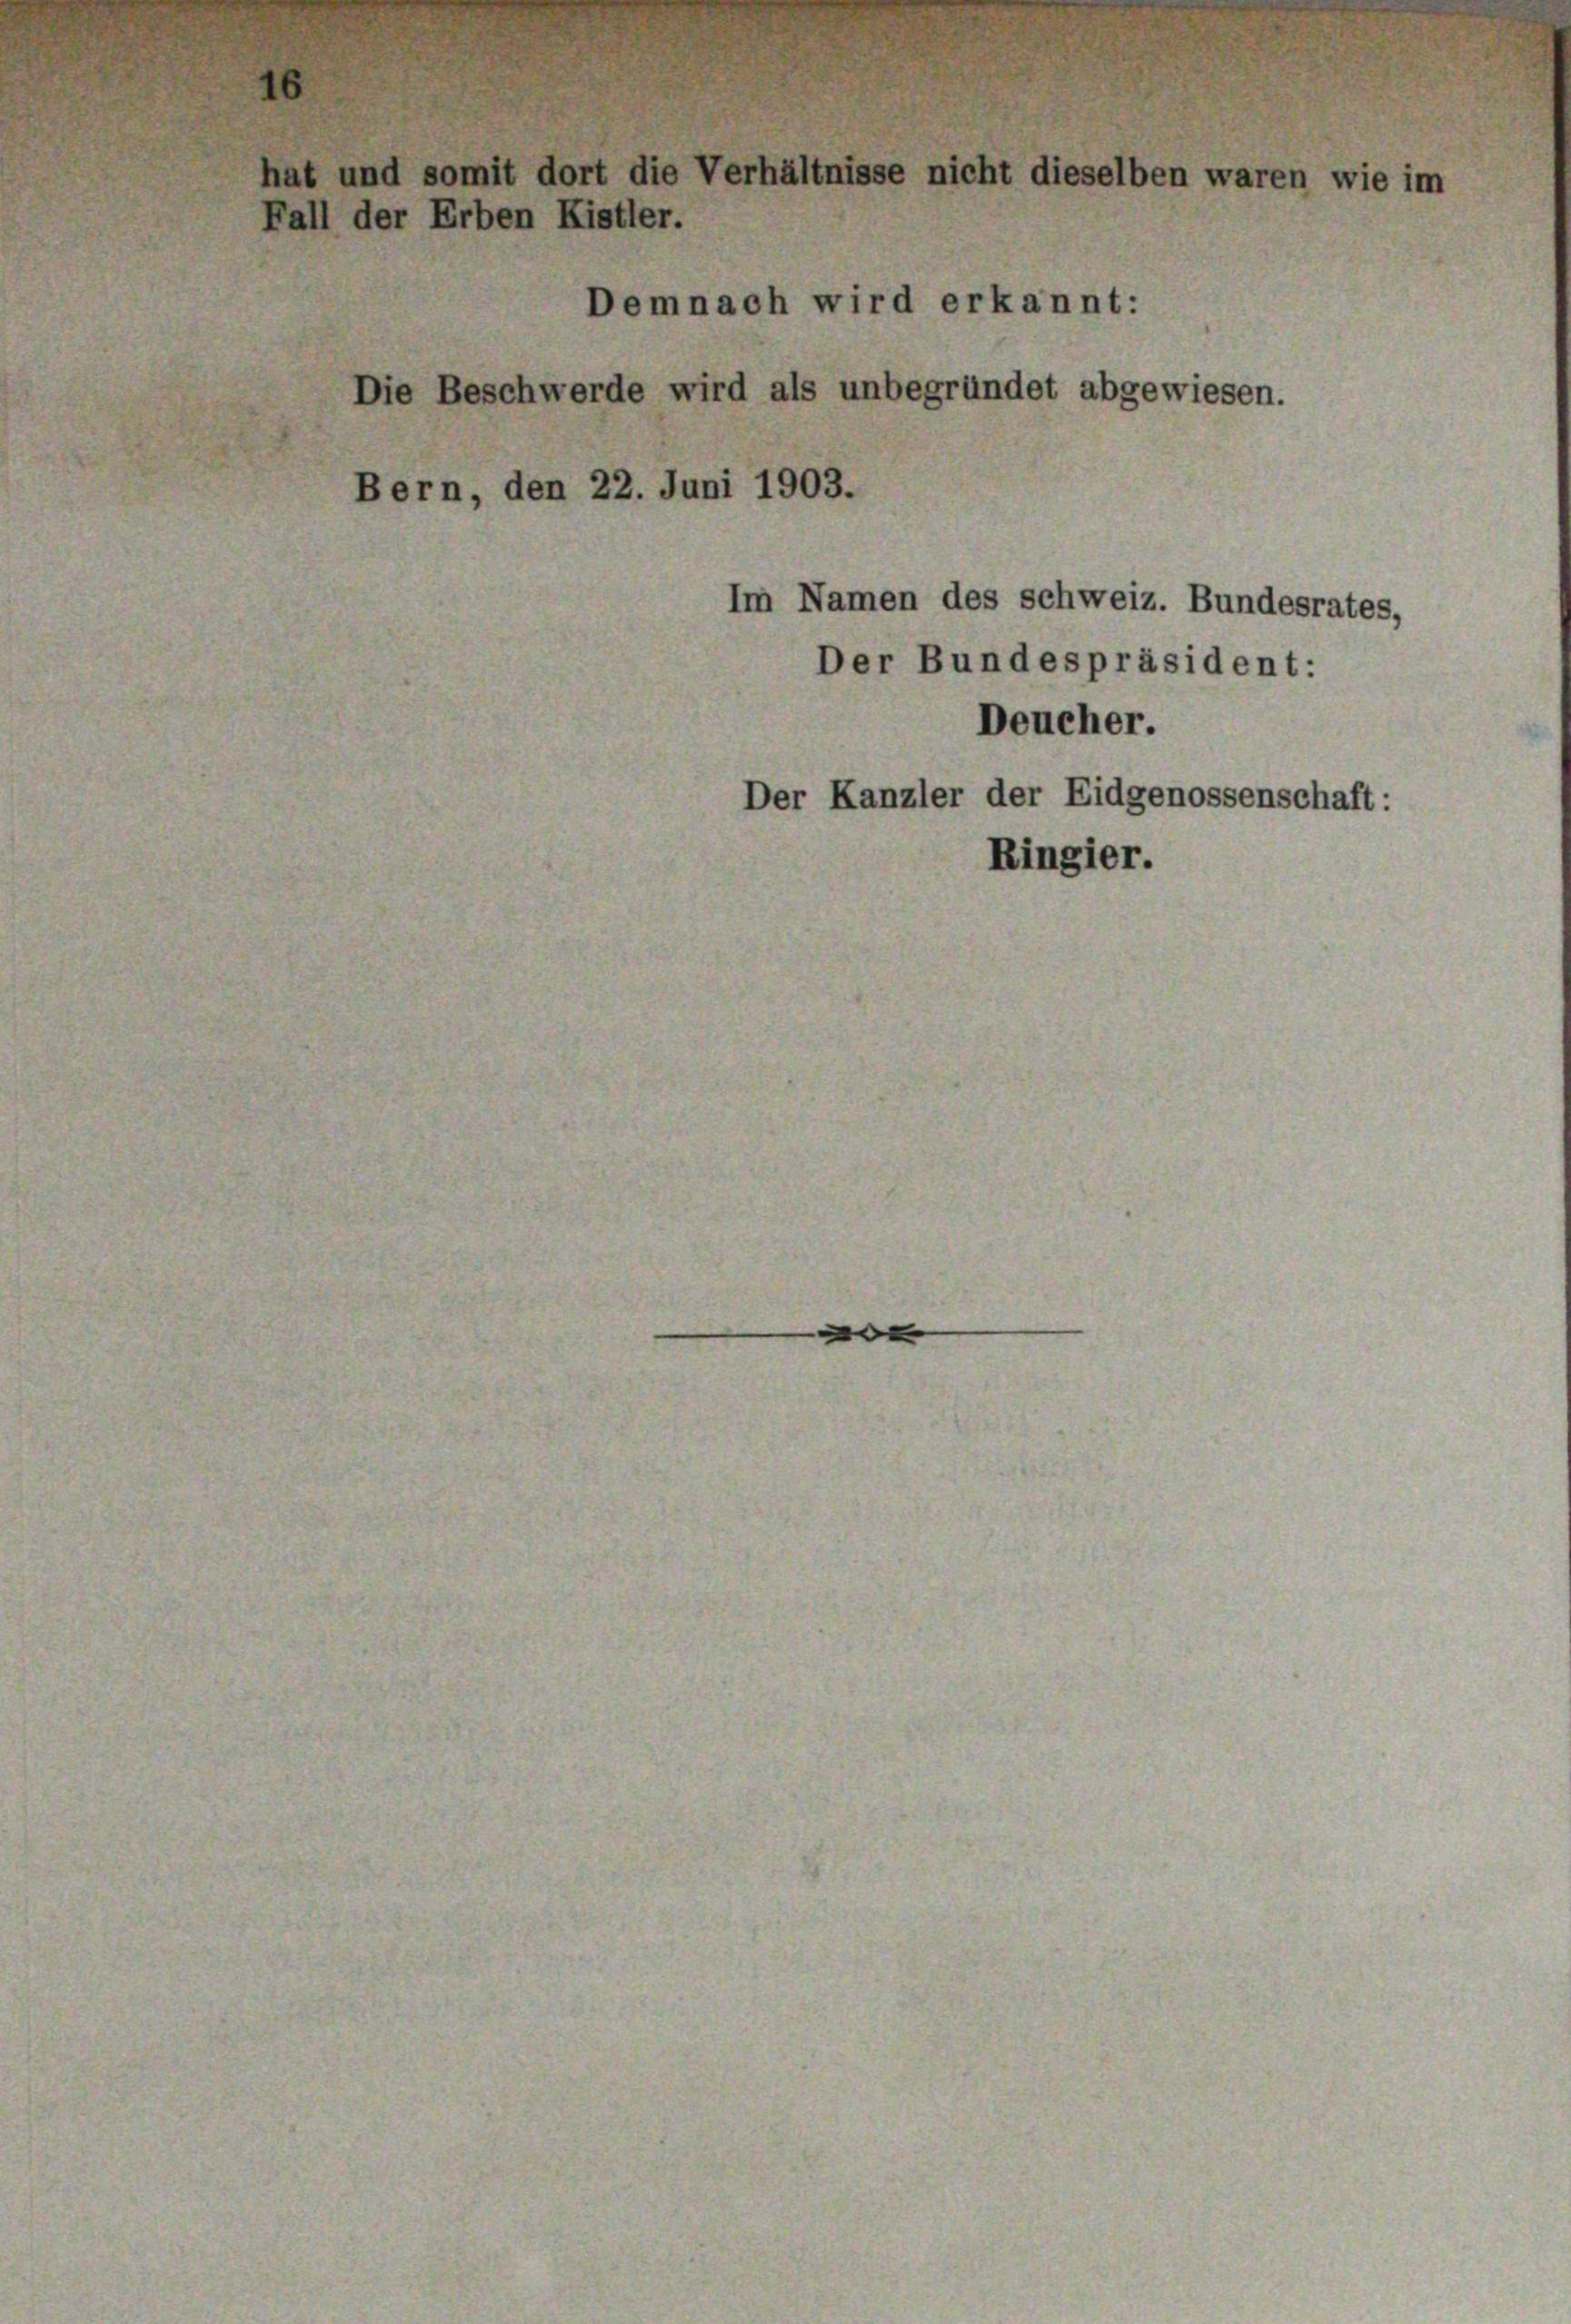
at und somit dort die Verhältnisse nicht dieselben waren wie im
all der Erben Kistler.
Demnach wird erkannt:

Die Beschwerde wird als unbegründet abgewiesen
Bern, den 22. Juni 1903.

Im Namen des schweiz. Bundesrates,
Der Bundespräsident:
Deucher.
Der Kanzler der Eidgenossenschaft:
Ringier.

e